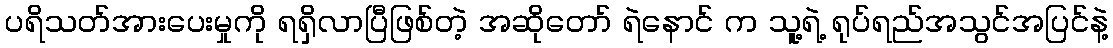
ပရိသတ်အားပေးမှုကို ရရှိလာပြီဖြစ်တဲ့ အဆိုတော် ရဲနောင် က သူ့ရဲ့ ရုပ်ရည်အသွင်အပြင်နဲ့